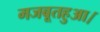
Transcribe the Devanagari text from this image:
मजबूतहुआ।